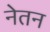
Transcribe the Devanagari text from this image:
नेतन